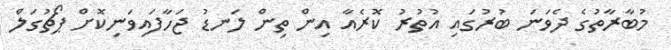
މުބާރާތުގެ ދެވަނަ ބުރުގައި އުތުރު ކޮރެއާ އިން ތިން ލަނޑު ޖަހާފައިވަނިކޮށް ޕޯޗުގަލް